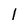
Character: 1